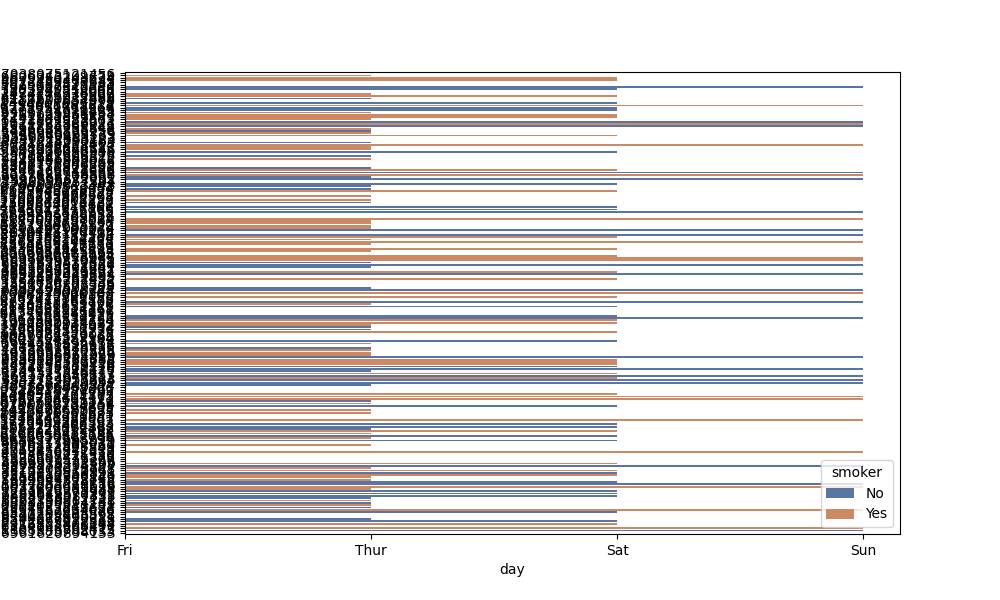
python, seaborn, barplot, hue='smoker', palette='deep', ci=None, orient='h'